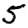
Digit: 5